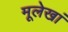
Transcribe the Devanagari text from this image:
मूलेखां